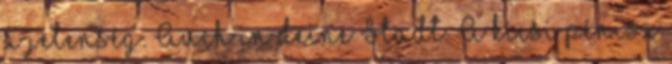
a jelenség. Auch in deine Stadt. A kicsi pénisz